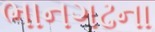
ભાનગઢના